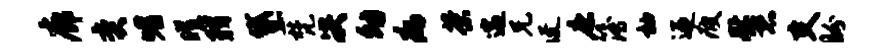
廊奕嗜曜羽黛梵决幼病茶遄兄迓康簿袖迎疲慰恐支盼